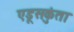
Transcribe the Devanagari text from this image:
एडूसकुंता